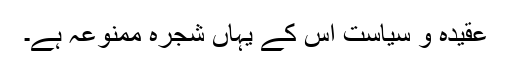
عقیدہ و سیاست اس کے یہاں شجرہ ممنوعہ ہے۔